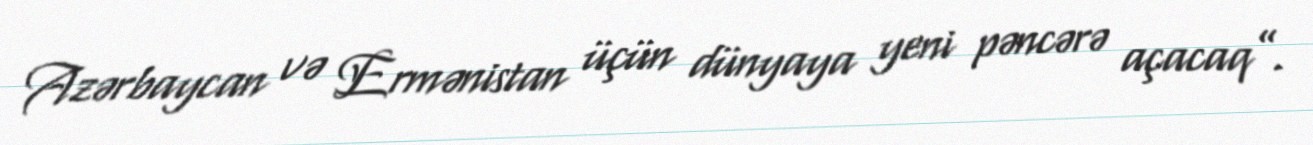
Azərbaycan və Ermənistan üçün dünyaya yeni pəncərə açacaq”.